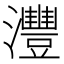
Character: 灃